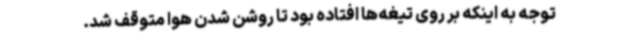
توجه به اینکه بر روی تیغه‌ها افتاده بود تا روشن شدن هوا متوقف شد.